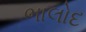
ભાલોદ